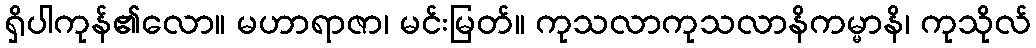
ရှိပါကုန်၏လော။ မဟာရာဇာ၊ မင်းမြတ်။ ကုသလာကုသလာနိကမ္မာနိ၊ ကုသိုလ်